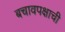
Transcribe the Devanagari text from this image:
बचावपक्षाची